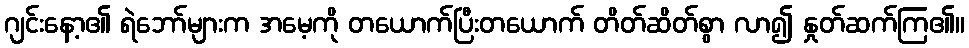
ဂျင်းနော့၏ ရဲဘော်များက အမေ့ကို တယောက်ပြီးတယောက် တိတ်ဆိတ်စွာ လာ၍ နှုတ်ဆက်ကြ၏။